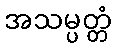
အသမ္ပတ္တံ